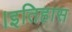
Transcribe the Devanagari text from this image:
।इतिहास